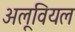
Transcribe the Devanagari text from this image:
अलूवियल